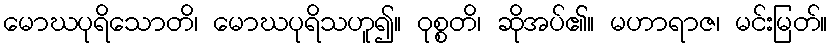
မောဃပုရိသောတိ၊ မောဃပုရိသဟူ၍။ ဝုစ္စတိ၊ ဆိုအပ်၏။ မဟာရာဇ၊ မင်းမြတ်။